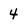
Character: 4